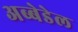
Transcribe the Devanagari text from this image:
अब्बेडेल